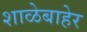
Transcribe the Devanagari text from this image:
शाळेबाहेर